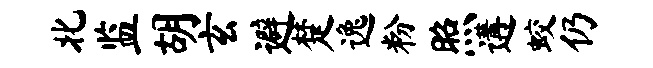
北监胡玄避楚逸粉照遘蛟仍